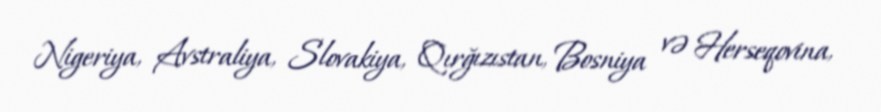
Nigeriya, Avstraliya, Slovakiya, Qırğızıstan, Bosniya və Herseqovina,